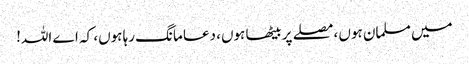
میں مسلمان ہوں ، مصلے پر بیٹھا ہوں، دعا مانگ رہا ہوں، کہ اے اللہ!